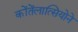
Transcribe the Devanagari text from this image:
कोंतेंलात्सियोने